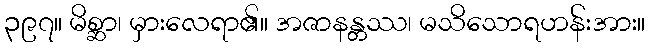
၃၉၇။ မိစ္ဆာ၊ မှားလေရာ၏။ အဇာနန္တဿ၊ မသိသောရဟန်းအား။